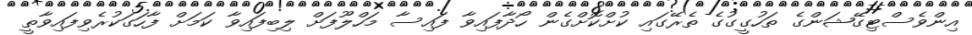
އިންވެސްޓިގޭޝަންގެ ތަހުގީގުގެ ތެރޭގައި ކުށްކޮށްގެން ހޯދާފައިވާ ފައިސާ މަހްލޫފަށް ލިބިފައިވާ ކަމަށް ފާހަގަކުރެވިފައިވާތީ